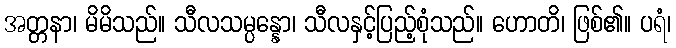
အတ္တနာ၊ မိမိသည်။ သီလသမ္ပန္နော၊ သီလနှင့်ပြည့်စုံသည်။ ဟောတိ၊ ဖြစ်၏။ ပရံ၊